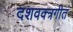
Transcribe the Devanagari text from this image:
दशवक्त्रगीतं